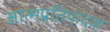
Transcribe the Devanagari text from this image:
आत्मप्रतिपादक